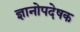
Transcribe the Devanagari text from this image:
ज्ञानोपदेषक